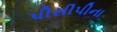
પીસીપીના